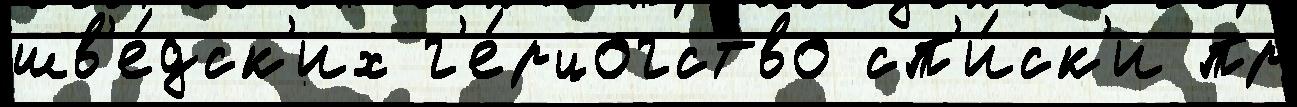
шв'е́дск'их г'е́рцогство сп'и́ск'и пр